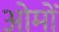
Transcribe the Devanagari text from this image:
ओमों